Vital statistics of India. Vol. IV, Annual returns from 1871 to 1876. British Army of India, Native Army and jails of Bengal
Year: 1871
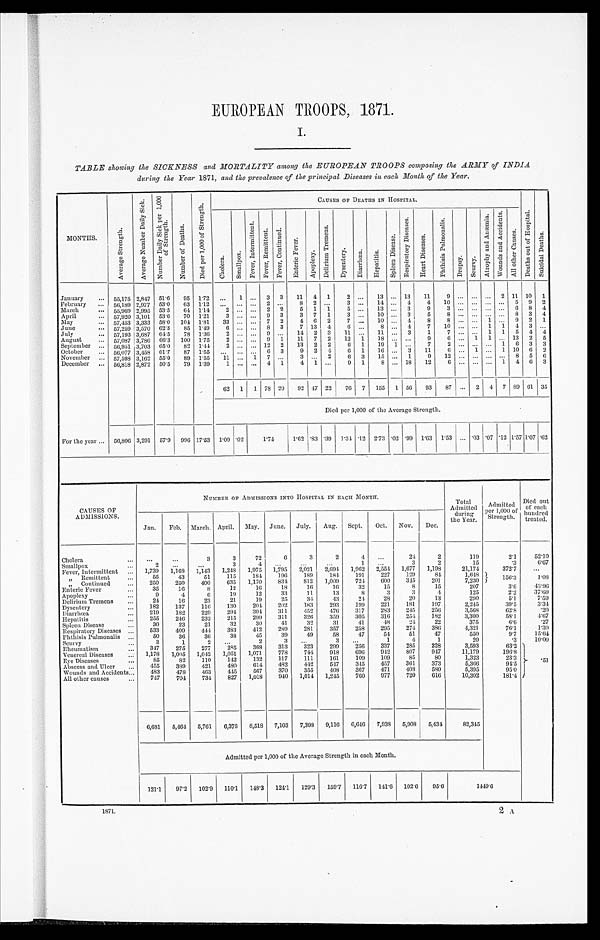
EUROPEAN TROOPS, 1871.
I.
TABLE showing the SICKNESS and MORTALITY among the EUROPEAN TROOPS composing the ARMY of INDIA
during the Year 1871, and the prevalence of the principal Diseases in each Month of the Year.
MONTHS.
A v e r a g e S t r e n g t h .
A v e r a g e n u m b e r D a i l y S i c k . N u m b e r D a i l y s i c k p e r 1 , 0 0 0
o f S t r e n g t h .
N u m b e r o f D e a t h s .
D i e d p e r 1 , 0 0 0 o f S t r e n g t h .
C A U S E S O F D E A T H S I N H O S P I T A L .
C h o l e r a .
S m a l l p o x .
F e v e r I n t e r m i t t e n t .
F e v e r , R e m i t t e n t . F e v e r , C o n t i n u e d . E n t e r i c F e v e r .
A p o p l e x y .
D e l i r i u m T r e m e n s .
D y s e n t e r y .
D i a r r h œ a . H e p a t i t i s .
S p l e e n D i s e a s e s .
R e s p i r a t o r y D i s e a s e .
H e a r t D i s e a s e s .
P h t h i s i s P u l m o n a l i s .
D r o p s y . S c u r v y .
A t r o p h y a n d A n æ m i a .
W o u n d s a n d A c c i d e n t s .
A l l o t h e r C a u s e s .
D e a t h s o u t o f h o s p i t a l .
S u i c i d a l D e a t h s .
January ... 55,175 2,847 51.6 95 1.72 ... 1 ... 3 3 11 4 1 2 ... 13 ... 13 11 9 ... ... ... 2 11 10 1
February
56,189 2,977 53.0 63 1.12 ... ... ... 2 ... 8 2 ... 3 ... 14 ... 4 4 10 ... ... ... ... 5 9 2
March
... 55,969 2,995 53.5 64 1.14 2 ... ... 2 2 5 1 1 5 ... 13 ... 3
9 3 . . . . . . ... ... 6 8 4
April
... 57,920 3,101 53.6 70 1.21 3 ... ... 9 3 3 7 1 3 ... 10 ... 3 5 8 . . . . . . . . . . . 8 3 4
May
... 57,453 3,333 58.0 104 1.81 33 ... ... 7 2 4 6 2 7 ... 10 ... 4 8 8 ... ... 1 ... 9 2 1
June
... 57,259 3,570 62.3 85 1.49 6 ... ... 8 3 7 13 4 6 ... 8 ... 4 7 10 ...
. . . 1 1 4 3 ...
July
... 57,193 3,687 64.5 78 1.36 2 ... ... 9 ... 14 2 3 11 ... 11 ... 3 1 7 ... ... 1 1 5 4 4
August
... 57,087 3,786 66.3 100 1.75
2 . . .
... 9 1 11 7 2 12 1 18 . . . ... 9 6 ... 1 1 ... 13 2 5
September ... 56,951 3,703 65.0 82 1.44
2 ... ... 12 2 13 2 2 6 1 19 1 ... 7 2 ... ... ... 1 6 3 3
October
...
5 6 , 0 7 7
3 , 4 5 8 6 1 . 7 871.55 . . . . . . . . . . 6 3 9 2 4 6 1 16 ... 3 11 6 ... 1 ... 1 10 6 2
November ... 57,598
3 , 1 6 2 5 5 . 0 89 1.5 5 11 . . . 1
7 . . . 3 ... 2 6 3 15 ... 1 9 12 . . . . . . ... ... 8 5 6
December ... 56,818 2,872 50.5 79 1.39 1 ... ... 4 1 4 1 ... 9 1 8 ... 18 12 6 ... ... ... 1 4 6 3
62 1 1 78 20 92 47 22 76 7 155 1 56 93 87 ... 2 4 7 89 61 35
Died per 1,000 of the Average Strength.
For the year ... 56,806 3,291 57.9 996 17.53 1.09 .02 1.74 1.74 1 . 6 2 1.62 .83 .39 1.31 .12 2.73 .02 .99 1.63 1.53 ... .03 .07 .12 1.57 1.07 .62
CAUSES OF
ADMISSIONS.
NUMBER OF ADMISSIONS INTO HOSPITAL IN EACH MONTH.
Total
Admitted during
the Year.
Admitted
per 1,000 of'
Strength.
Died out
of each
hundred
treated.
Jan. Feb. March. April. May. June. July. Aug. Sept. Oct. Nov. Dec.
Cholera
...
...
. . .
3
3
72
6
3
2
4
. . .
24
2
119
2.1 52. 10
Smallpox
...
2
. . . ...
3
4
. . .
. . .
. . .
1 ...
3
9
15
.3
6. 67
Fever, Intermittent . . . 1,739 1,168 1,143 1,218 1,975 1,795 2,021 2,691 1,962 2,554 1,677 1,198
21,174
372.7 ...
„ Remittent
55
43
51 115 184 196 189 184 191 227 129
84
1,648
156.3
1. 08
„ Continued
... 250 250 400 635 1,170 831 812 1,009 724 600 345 201
7,230
Enteric Fever
35
16
8
12
16 18
16
16
32
15
8
15
207
3.6 43. 96
Apoplexy
...
9
4
6
19
12
33
11
13
8
3
3
4
125
2.9
37. 60
Delirium Tremens ...
24
16
23
21
19
25
34
43
24 28
20
13
290
5.1
7. 59
Dysentery
... 182 137 116 130 204 202 183 293
199 221 181 197
2,945
39.5
3. 31
Diarrhœa
... 219 182 229 294 304 311 452 476 317 283 245 256
3,568
62.8
.26
Hepatitis
... 255 246 232 215 299 311
326 359 305 316 254 182
3,300
58.1
4. 67
Spleen Disease
...
30
23
21
32
30
41
32
31
41
48
24 22
375
6 . 6
.27
Respiratory Diseases ... 533 409 444 383 412 289 281 357 258 295 274 386
4,321
76.1
1. 30
Phthisis Pulmonalis ...
50
36
36
38
45
3 9 49 58
47
54
51
47
550
9.7
15. 61
Scurvy
...
3
1
2 ...
2
3 ...
3 ...
1
4
1
20
.3
10. 00
Rheumatism
... 347 275 277 285 368 313 323 299 256 337 285 228
3,593
63.2
Venereal Diseases ... 1,178 1,005 1,042 1,051 1,071 778 744 918 696 942 807 947
11,179
196.8
Eye Diseases
...
85
82 110 142 139 117 111 161 109 109
85
80
1,323
23.3 .51
Abscess and. Ulcer ... 455 389 421 480 614 482 442 547
345 457 361 373
5,366
94.5
Wounds and Accidents... 483 478 463 445 567 370 355 408 367 471 408 580
5,395
95.0
All other causes
... 747 704 734 827 1,018 940 1,014 1,245
760 977 720 616
10,302
181.4
6,681 5,464 5,761 6,378 8,518 7,103 7,398 9,116 6,646 7,938 5,908 5,434
82,345
Admitted per 1,000 of the Average Strength in each Month.
121.1 97.2 102.9 110.1 148.3 124.1 129.3 159.7 116.7 141.6 102.6 95.6
1 4 4 9 . 6
1871.
9,